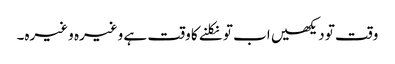
وقت تو دیکھیں اب تو نکلنے کا وقت ہے وغیرہ وغیرہ۔